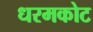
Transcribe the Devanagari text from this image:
धरमकोट